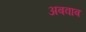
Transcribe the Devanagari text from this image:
अबवाब